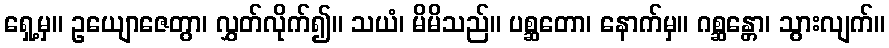
ရှေ့မှ။ ဥယျောဇေတွာ၊ လွှတ်လိုက်၍။ သယံ၊ မိမိသည်။ ပစ္ဆတော၊ နောက်မှ။ ဂစ္ဆန္တော၊ သွားလျက်။